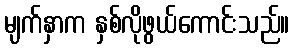
မျက်နှာက နှစ်လိုဖွယ်ကောင်းသည်။